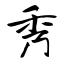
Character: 秀